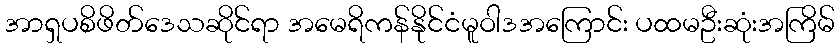
အာရှပစိဖိတ်ဒေသဆိုင်ရာ အမေရိကန်နိုင်ငံမူဝါဒအကြောင်း ပထမဦးဆုံးအကြိမ်